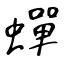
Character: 蟬